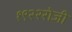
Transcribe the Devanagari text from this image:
१९२२रोजी